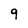
Character: 9